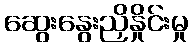
ဆွေးနွေးညှိနှိုင်းမှု